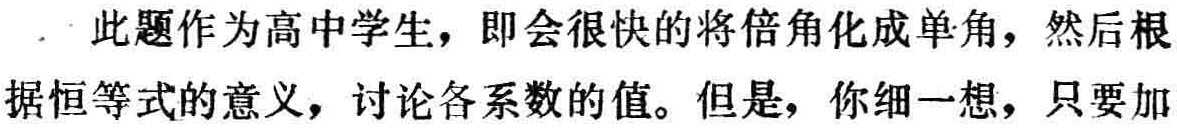
此题作为高中学生，即会很快的将倍角化成单角，然后根据恒等式的意义，讨论各系数的值。但是，你细一想，只要加